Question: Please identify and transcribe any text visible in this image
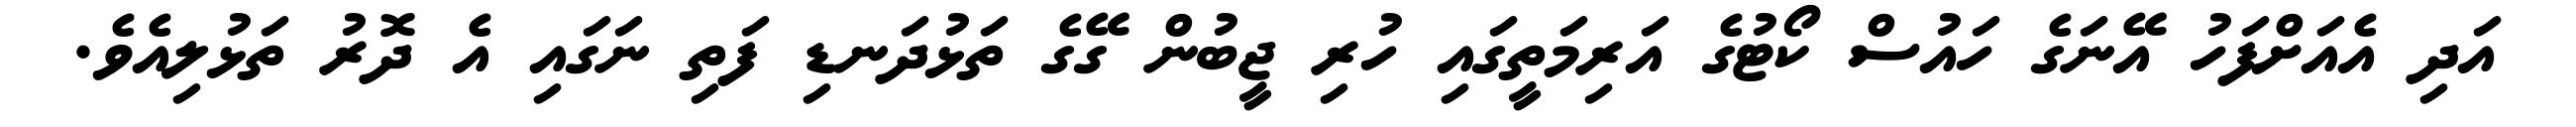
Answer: އަދި އެއަށްފަހު އޭނަގެ ހައުސް ކޯޓުގެ އަރިމަތީގައި ހުރި ޖީބުން ގޭގެ ތަޅުދަނޑި ފަތި ނަގައި އެ ދޮރު ތަޅުލިއެވެ.